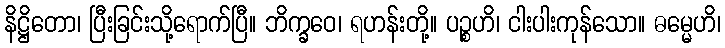
နိဋ္ဌိတော၊ ပြီးခြင်းသို့ရောက်ပြီ။ ဘိက္ခဝေ၊ ရဟန်းတို့။ ပဉ္စဟိ၊ ငါးပါးကုန်သော။ ဓမ္မေဟိ၊